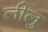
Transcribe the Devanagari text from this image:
लीलु